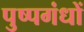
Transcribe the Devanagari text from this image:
पुष्पगंधों